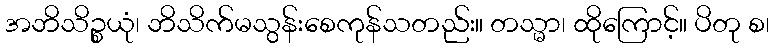
အဘိသိဉ္စယုံ၊ ဘိသိက်မသွန်းစေကုန်သတည်း။ တသ္မာ၊ ထိုကြောင့်။ ပိတု စ၊